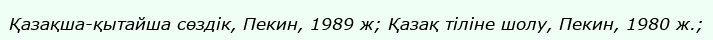
Қазақша-қытайша сөздік, Пекин, 1989 ж; Қазақ тіліне шолу, Пекин, 1980 ж.;